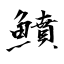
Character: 鱝